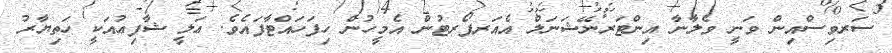
ސަރވިސްއިން ވަނީ ވެލާނާ އިންޓަރނޭޝަނަލް އެއަރޕޯރޓުން އެމީހުން ހިފަހައްޓާފައެވެ. ޢަލީ ޝާފިޢުއަކީ ހަތިޔާރު